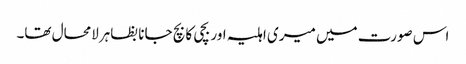
اس صورت میں میری اہلیہ اور بچی کا بچ جانا بظاہرلامحال تھا۔